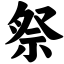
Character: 祭